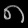
Digit: ၈